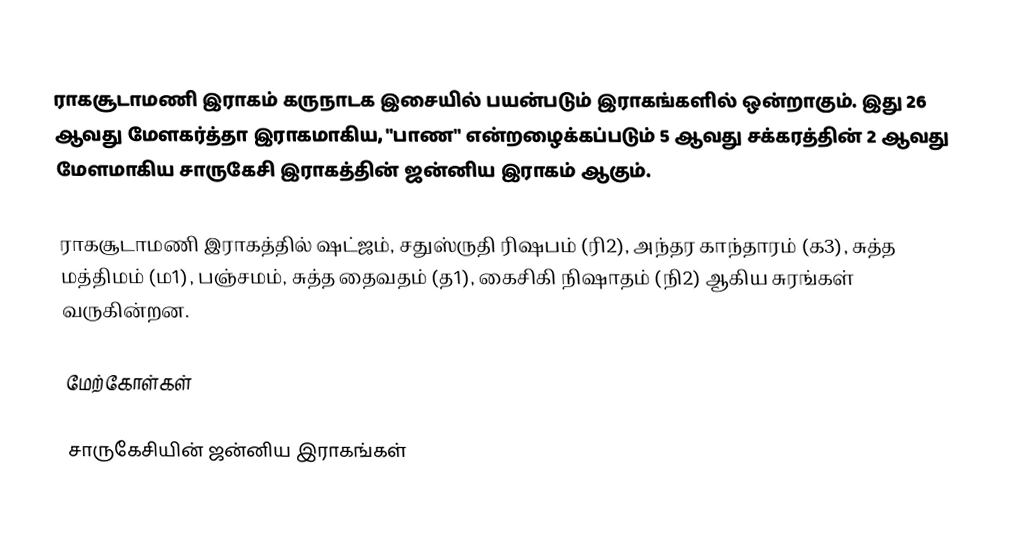
ராகசூடாமணி இராகம் கருநாடக இசையில் பயன்படும் இராகங்களில் ஒன்றாகும். இது 26 ஆவது மேளகர்த்தா இராகமாகிய, "பாண" என்றழைக்கப்படும் 5 ஆவது சக்கரத்தின் 2 ஆவது மேளமாகிய சாருகேசி இராகத்தின் ஜன்னிய இராகம் ஆகும்.

ராகசூடாமணி இராகத்தில் ஷட்ஜம், சதுஸ்ருதி ரிஷபம் (ரி2), அந்தர காந்தாரம் (க3), சுத்த மத்திமம் (ம1), பஞ்சமம், சுத்த தைவதம் (த1), கைசிகி நிஷாதம் (நி2) ஆகிய சுரங்கள் வருகின்றன.

மேற்கோள்கள்

சாருகேசியின் ஜன்னிய இராகங்கள்